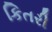
કિતરી